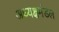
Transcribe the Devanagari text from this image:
अध्यक्षमंडल